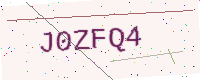
Text: J0ZFQ4